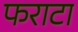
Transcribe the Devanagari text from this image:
फराटा